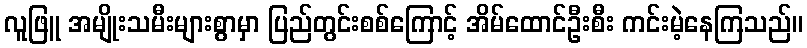
လူဖြူ အမျိုးသမီးများစွာမှာ ပြည်တွင်းစစ်ကြောင့် အိမ်ထောင်ဦးစီး ကင်းမဲ့နေကြသည်။